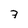
Character: 7